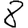
Digit: 8